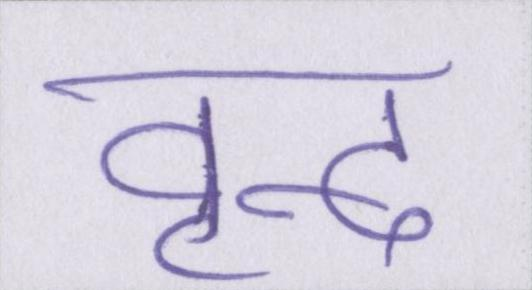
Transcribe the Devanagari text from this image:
वृन्द